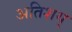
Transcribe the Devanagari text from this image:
अतिशय्